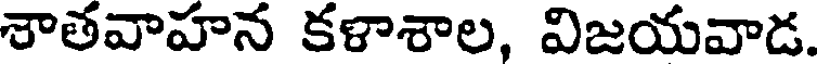
శాతవాహన కళాశాల, విజయవాడ.